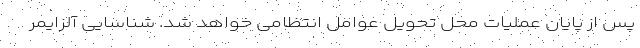
پس از پایان عملیات محل تحویل عوامل انتظامی خواهد شد. شناسایی آلزایمر